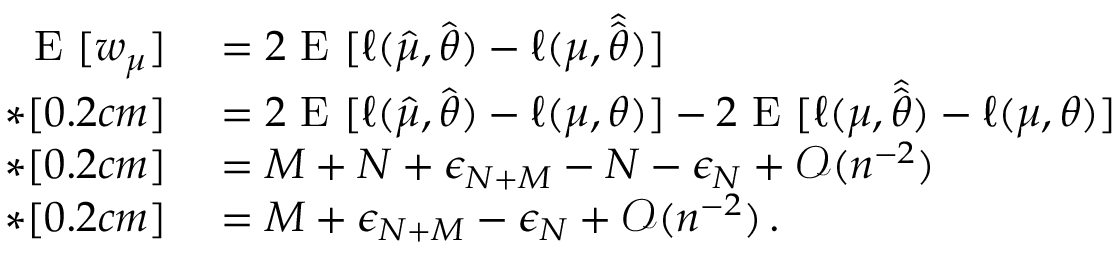
\begin{array} { r l } { \mathrm { ~ E ~ } [ w _ { \boldsymbol { \mu } } ] } & { { } = 2 \mathrm { ~ E ~ } [ \ell ( \boldsymbol { \hat { \mu } } , \hat { \boldsymbol { \theta } } ) - \ell ( \boldsymbol { \mu } , \hat { \hat { \boldsymbol { \theta } } } ) ] } \\ { * [ 0 . 2 c m ] } & { { } = 2 \mathrm { ~ E ~ } [ \ell ( \boldsymbol { \hat { \mu } } , \hat { \boldsymbol { \theta } } ) - \ell ( \boldsymbol { \mu } , \boldsymbol { \theta } ) ] - 2 \mathrm { ~ E ~ } [ \ell ( \boldsymbol { \mu } , \hat { \hat { \boldsymbol { \theta } } } ) - \ell ( \boldsymbol { \mu } , \boldsymbol { \theta } ) ] } \\ { * [ 0 . 2 c m ] } & { { } = M + N + \epsilon _ { N + M } - N - \epsilon _ { N } + \mathcal { O } ( n ^ { - 2 } ) } \\ { * [ 0 . 2 c m ] } & { { } = M + \epsilon _ { N + M } - \epsilon _ { N } + \mathcal { O } ( n ^ { - 2 } ) \, . } \end{array}